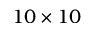
1 0 \times 1 0